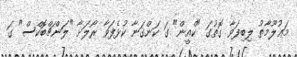
މަޢުލޫމާތު ލިބިފަވާ ގޮތުގަ "ކްއީން" ގަ ކަންގަނާ ކުޅެފަވާ ރޯލަށާ "ލަންޗްބޮކްސް" ގަ